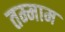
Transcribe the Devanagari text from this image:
तम्माम